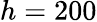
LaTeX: h=200